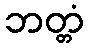
ဘတ္တံ